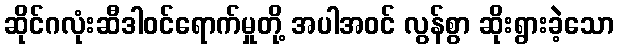
ဆိုင်ဂလုံးဆီဒါဝင်ရောက်မှုတို့ အပါအဝင် လွန်စွာ ဆိုးရွားခဲ့သော